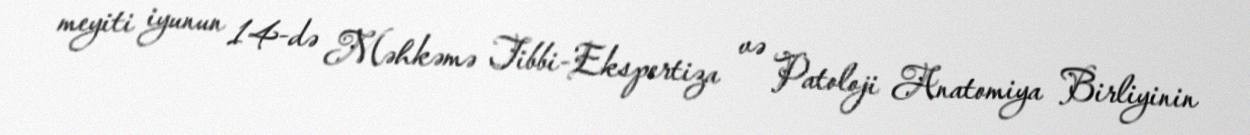
meyiti iyunun 14-də Məhkəmə Tibbi-Ekspertiza və Patoloji Anatomiya Birliyinin